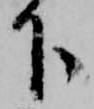
下